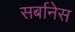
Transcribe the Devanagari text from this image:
सर्बानेस